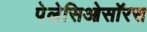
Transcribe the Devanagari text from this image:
पेलेसिओसॉरस